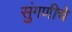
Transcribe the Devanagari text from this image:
सुंगणीचे